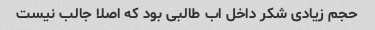
حجم زیادی شکر داخل اب طالبی بود که اصلا جالب نیست